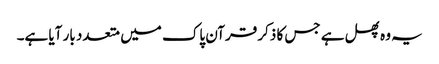
یہ وہ پھل ہے جس کا ذکر قرآن پاک میں متعدد بار آیا ہے۔